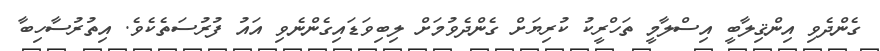
ގެންދެވި އިންޤިލާބީ އިސްލާމީ ތަހްރީކު ކުރިޔަށް ގެންދެވުމަށް ލިބިވަޑައިގެންނެވި އައު ފުރުސަތެކެވެ. އިތުރުސާހިބާ